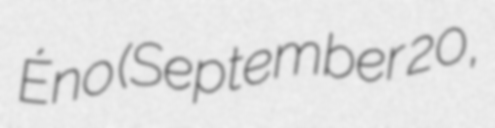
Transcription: Éno (September 20,